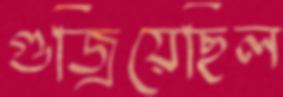
গুজ্‌রিয়েছিল